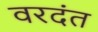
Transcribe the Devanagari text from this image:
वरदंत